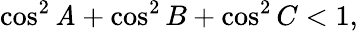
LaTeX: \cos^{2}\mathit{A}+\cos^{2}B+\cos^{2}C<1,